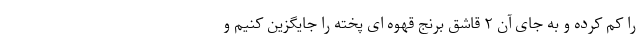
را کم کرده و به جای آن ۲ قاشق برنج قهوه ای پخته را جایگزین کنیم و